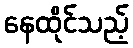
နေထိုင်သည့်